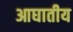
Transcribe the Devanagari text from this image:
आघातीय